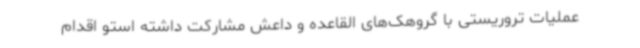
عملیات تروریستی با گروهک‌های القاعده و داعش مشارکت داشته استو اقدام